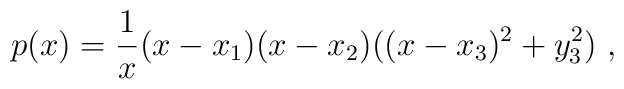
p(x)= {1\over x} (x-x_1)(x-x_2) ((x-x_3)^2+ y_3^2)\ ,